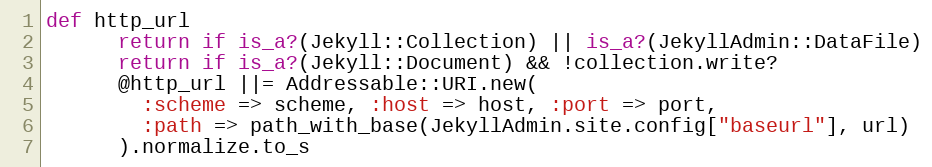
Language: Ruby
def http_url
      return if is_a?(Jekyll::Collection) || is_a?(JekyllAdmin::DataFile)
      return if is_a?(Jekyll::Document) && !collection.write?
      @http_url ||= Addressable::URI.new(
        :scheme => scheme, :host => host, :port => port,
        :path => path_with_base(JekyllAdmin.site.config["baseurl"], url)
      ).normalize.to_s